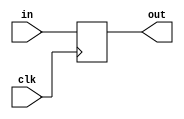
module reg32bit(in, clk, out);
	input[31:0] in;
	input clk;
	output reg[31:0] out=32'b0;
	always@(posedge clk)
	begin
		out <= in;
	end
endmodule